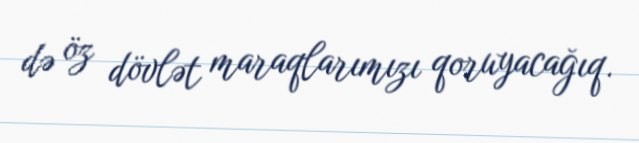
də öz dövlət maraqlarımızı qoruyacağıq.